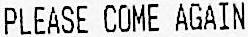
PLEASE COME AGAIN